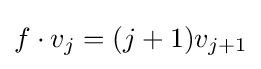
f\cdot v_{j}=(j+1)v_{j+1}